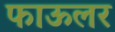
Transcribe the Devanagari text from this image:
फाऊलर